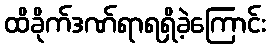
ထိခိုက်ဒဏ်ရာရရှိခဲ့ကြောင်း